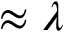
\approx \lambda